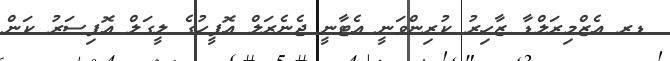
ޑރ އެޒްމިރަލްޑާ ޒާހިރު ކުރިންވަނީ އެޓާނީ ޖެނެރަލް އޮފީހުގެ ލީގަލް އޮފިސަރު ކަން